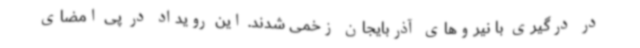
در درگیری با نیروهای آذربایجان زخمی شدند. این رویداد در پی امضای